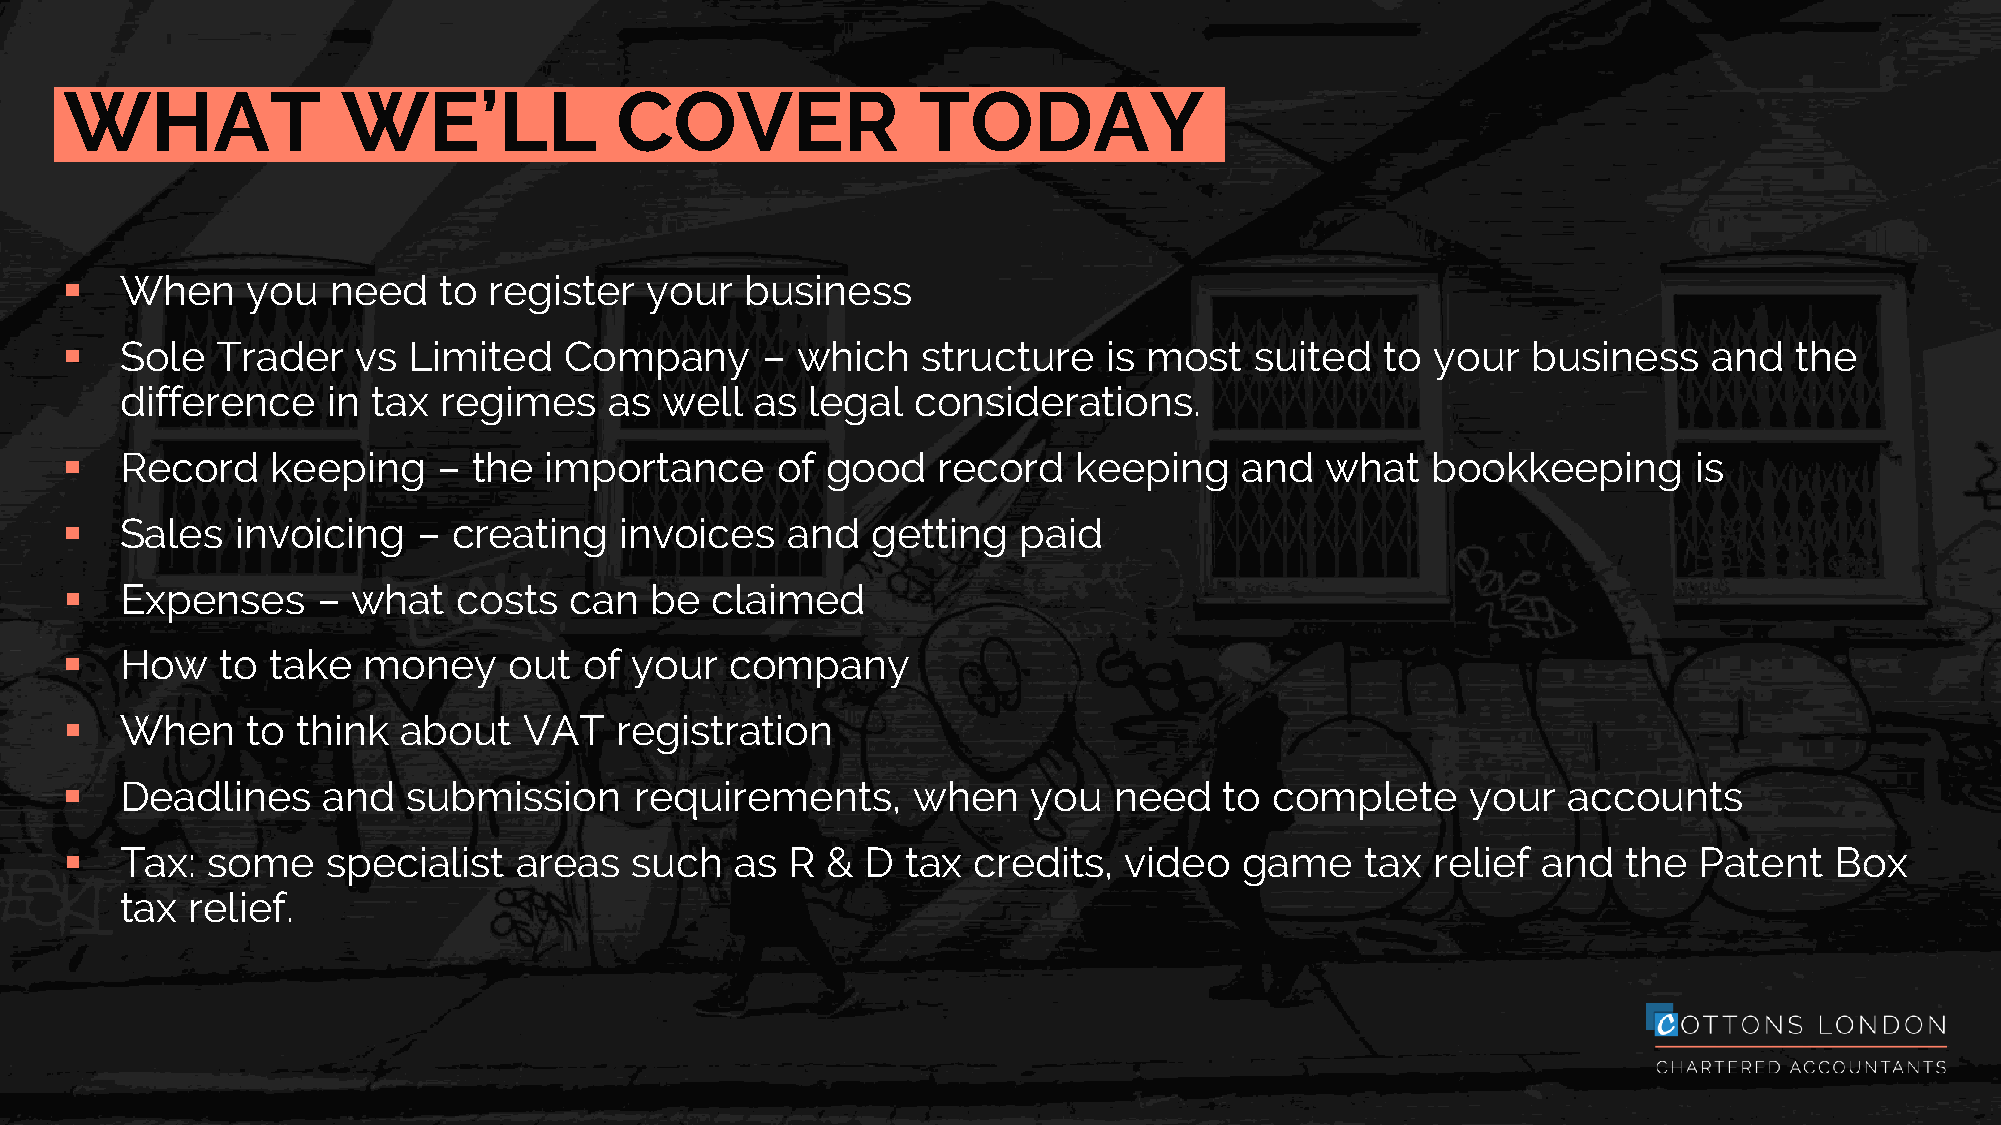
WHAT               WE’LL             COVER               TODAY
    When    you   need   to register   your  business
    Sole  Trader   vs  Limited   Company      –  which   structure   is most   suited   to your  business    and   the
 difference    in tax regimes    as  well  as legal  considerations.
    Record    keeping    – the  importance     of  good   record   keeping    and   what   bookkeeping      is
    Sales   invoicing   – creating   invoices   and   getting  paid
    Expenses     – what   costs   can  be  claimed
    How    to take  money     out  of your  company
    When    to  think  about   VAT   registration
    Deadlines    and   submission     requirements,     when    you   need   to complete     your   accounts
    Tax:  some    specialist  areas   such   as R  & D  tax credits,  video   game    tax  relief and   the Patent   Box
 tax relief.